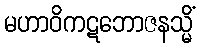
မဟာဝိကဋဘောဇနသ္မိံ